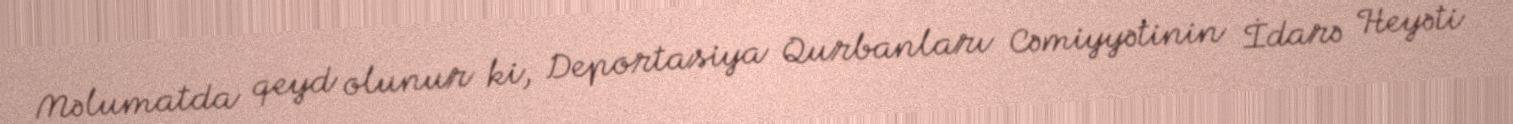
Məlumatda qeyd olunur ki, Deportasiya Qurbanları Cəmiyyətinin İdarə Heyəti